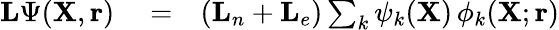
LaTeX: \begin{array}{rlr}{{\mathbf{L}}\Psi({\mathbf{X}},{\mathbf{r}})}&{{}=}&{({\mathbf{L}}_{n}+{\mathbf{L}}_{e})\sum_{k}\psi_{k}({\mathbf{X}})\, \phi_{k}({\mathbf{X}};{\mathbf{r}})}\end{array}